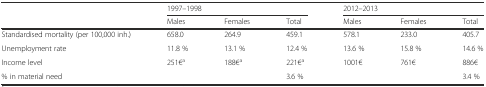
<table><thead><tr><td rowspan="2"></td><td colspan="3"><b>1997–1998</b></td><td colspan="3"><b>2012–2013</b></td></tr><tr><td><b>Males</b></td><td><b>Females</b></td><td><b>Total</b></td><td><b>Males</b></td><td><b>Females</b></td><td><b>Total</b></td></tr></thead><tbody><tr><td>Standardised mortality (per 100,000 inh.)</td><td>658.0</td><td>264.9</td><td>459.1</td><td>578.1</td><td>233.0</td><td>405.7</td></tr><tr><td>Unemployment rate</td><td>11.8 %</td><td>13.1 %</td><td>12.4 %</td><td>13.6 %</td><td>15.8 %</td><td>14.6 %</td></tr><tr><td>Income level</td><td>251€<sup>a</sup></td><td>188€<sup>a</sup></td><td>221€<sup>a</sup></td><td>1001€</td><td>761€</td><td>886€</td></tr><tr><td>% in material need</td><td></td><td></td><td>3.6 %</td><td></td><td></td><td>3.4 %</td></tr></tbody></table>